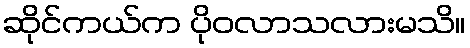
ဆိုင်ကယ်က ပိုဝလာသလားမသိ။